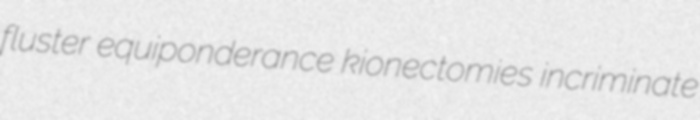
fluster equiponderance kionectomies incriminate